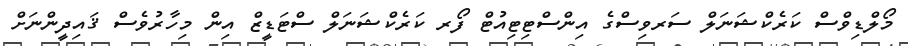
މޯލްޑިވްސް ކަރެކްޝަނަލް ސަރވިސްގެ އިންސްޓިޓިއުޓް ފޯރ ކަރެކްޝަނަލް ސްޓަޑީޒް އިން މިހާރުވެސް ޤައިދީންނަށް